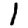
Digit: 1